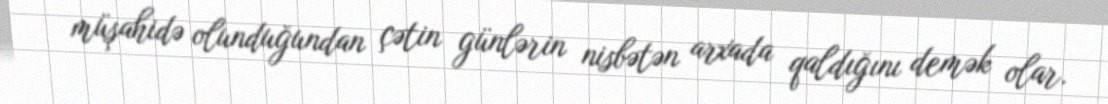
müşahidə olunduğundan çətin günlərin nisbətən arxada qaldığını demək olar.